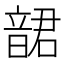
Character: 𩐩